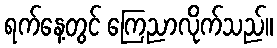
ရက်နေ့တွင် ကြေညာလိုက်သည်။